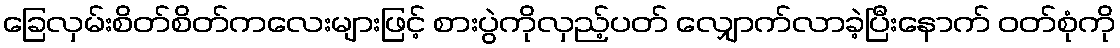
ခြေလှမ်းစိတ်စိတ်ကလေးများဖြင့် စားပွဲကိုလှည့်ပတ် လျှောက်လာခဲ့ပြီးနောက် ဝတ်စုံကို